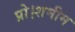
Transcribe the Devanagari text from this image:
प्रो।शमीम